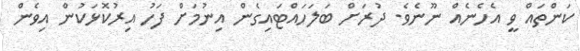
ކަންތައް ވީ އެހެނެއް ނޫނެވެ. ދުރަށް ބަލަހައްޓައިގެން އިނުމަށް ފަހު އިރުކޮޅަކުން އިވެން